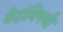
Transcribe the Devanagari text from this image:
वेदांविषयी